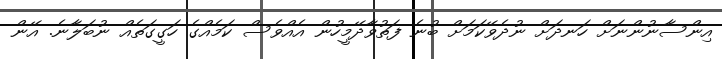
އިންސާނުންނަށް ހަނދަށް ނުދެވޭކަމަށް ބުނެ ފަތުވާދޭމީހުން އެއްވެސް ކަމެއްގެ ހަގީގަތެއް ނުބަލާނެ. އޭން